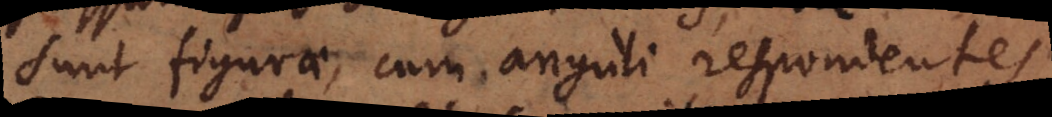
sunt figurae, cum anguli respondentes